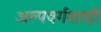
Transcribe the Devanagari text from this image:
अल्पवर्गशाही